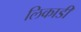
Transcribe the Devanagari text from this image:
लिकाडी